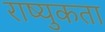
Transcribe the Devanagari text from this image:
राष्युकता